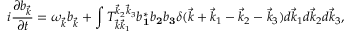
i \frac { \partial b _ { \vec { k } } } { \partial t } = \omega _ { \vec { k } } b _ { \vec { k } } + \int T _ { \vec { k } \vec { k } _ { 1 } } ^ { \vec { k } _ { 2 } \vec { k } _ { 3 } } b _ { \mathbf 1 } ^ { * } b _ { \mathbf 2 } b _ { \mathbf 3 } \delta ( \vec { k } + \vec { k } _ { 1 } - \vec { k } _ { 2 } - \vec { k } _ { 3 } ) d \vec { k } _ { 1 } d \vec { k } _ { 2 } d \vec { k } _ { 3 } ,